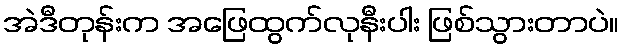
အဲဒီတုန်းက အဖြေထွက်လုနီးပါး ဖြစ်သွားတာပဲ။